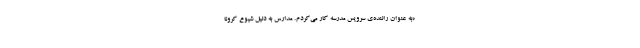
«به عنوان راننده‌ی سرویس مدرسه کار می‌کردم. مدارس به دلیل شیوع کرونا